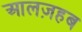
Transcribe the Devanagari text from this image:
आलज़हब